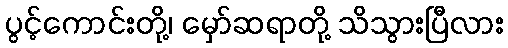
ပွင့်ကောင်းတို့၊ မှော်ဆရာတို့ သိသွားပြီလား